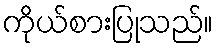
ကိုယ်စားပြုသည်။